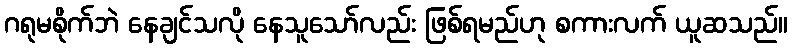
ဂရုမစိုက်ဘဲ နေချင်သလို နေသူသော်လည်း ဖြစ်ရမည်ဟု စကားလက် ယူဆသည်။